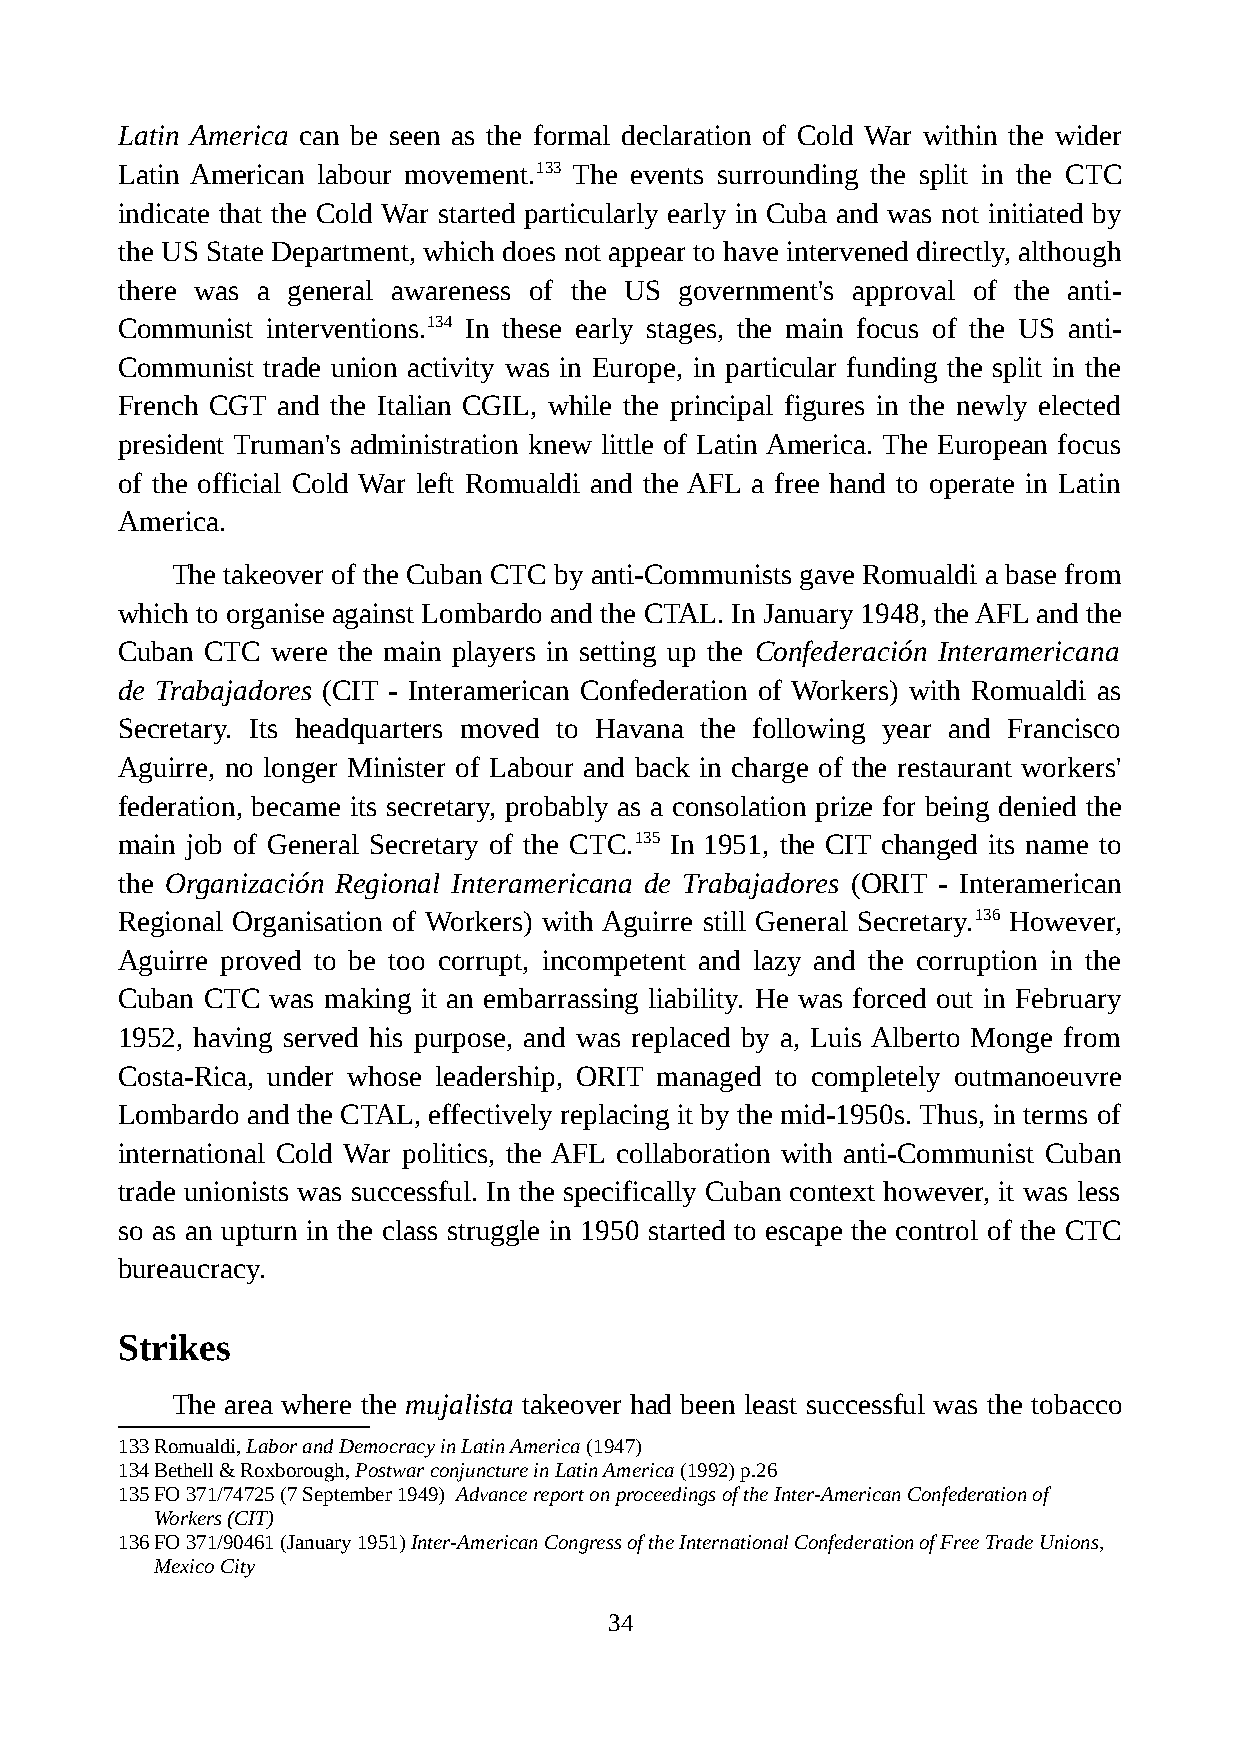
Latin America can be seen as the formal declaration of Cold War within the wider
 Latin American labour movement.133 The events surrounding the split in the CTC
 indicate that the Cold War started particularly early in Cuba and was not initiated by
 the US State Department, which does not appear to have intervened directly, although
 there was a general awareness of the US government's approval of the anti-
 Communist interventions.134 In these early stages, the main focus of the US anti-
 Communist trade union activity was in Europe, in particular funding the split in the
 French CGT and the Italian CGIL, while the principal figures in the newly elected
 president Truman's administration knew little of Latin America. The European focus
 of the official Cold War left Romualdi and the AFL a free hand to operate in Latin
 America.
 The takeover of the Cuban CTC by anti-Communists gave Romualdi a base from
 which to organise against Lombardo and the CTAL. In January 1948, the AFL and the
 Cuban CTC were the main players in setting up the Confederación Interamericana
 de Trabajadores (CIT - Interamerican Confederation of Workers) with Romualdi as
 Secretary. Its headquarters moved to Havana the following year and Francisco
 Aguirre, no longer Minister of Labour and back in charge of the restaurant workers'
 federation, became its secretary, probably as a consolation prize for being denied the
 main job of General Secretary of the CTC.135 In 1951, the CIT changed its name to
 the Organización Regional Interamericana de Trabajadores (ORIT - Interamerican
 Regional Organisation of Workers) with Aguirre still General Secretary.136 However,
 Aguirre proved to be too corrupt, incompetent and lazy and the corruption in the
 Cuban CTC was making it an embarrassing liability. He was forced out in February
 1952, having served his purpose, and was replaced by a, Luis Alberto Monge from
 Costa-Rica, under whose leadership, ORIT managed to completely outmanoeuvre
 Lombardo and the CTAL, effectively replacing it by the mid-1950s. Thus, in terms of
 international Cold War politics, the AFL collaboration with anti-Communist Cuban
 trade unionists was successful. In the specifically Cuban context however, it was less
 so as an upturn in the class struggle in 1950 started to escape the control of the CTC
 bureaucracy.
 Strikes
 The area where the mujalista takeover had been least successful was the tobacco
 133Romualdi, Labor and Democracy in Latin America (1947)
 134Bethell & Roxborough, Postwar conjuncture in Latin America (1992) p.26
 135FO 371/74725 (7 September 1949) Advance report on proceedings of the Inter-American Confederation of
 Workers (CIT)
 136FO 371/90461 (January 1951) Inter-American Congress of the International Confederation of Free Trade Unions,
 Mexico City
 34